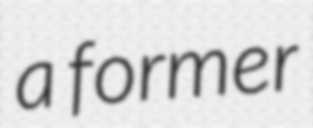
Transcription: a former